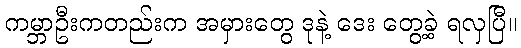
ကမ္ဘာဦးကတည်းက အမှားတွေ ဒုနဲ့ ဒေး တွေ့ခဲ့ ရလှပြီ။